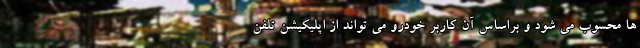
ها محسوب می شود و براساس آن کاربر خودرو می تواند از اپلیکیشن تلفن